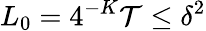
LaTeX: L_{0}=4^{-K}\mathcal{T}\le\delta^{2}